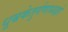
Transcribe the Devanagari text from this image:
धूम्रकेतुर्गणाध्यक्षो